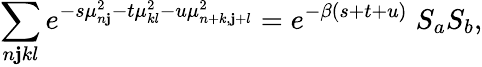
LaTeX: \sum_{n\mathbf{j}kl}e^{-s\mu_{n\mathbf{j}}^{2}-t\mu_{kl}^{2}-u\mu_{n+k,\mathbf{j}+l}^{2}}=e^{-\beta(s+t+u)}\; S_{a}S_{b},